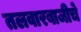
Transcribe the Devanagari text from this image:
तलवारबाजीचे